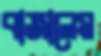
বাজালেম